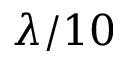
\lambda / 1 0